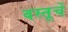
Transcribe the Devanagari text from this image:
वस्तूचें